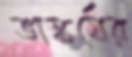
ভাস্কর্যের